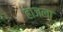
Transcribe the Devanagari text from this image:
हाजला